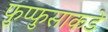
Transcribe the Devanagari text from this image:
फुप्फुसाकडे